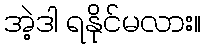
အဲ့ဒါ ရနိုင်မလား။